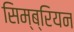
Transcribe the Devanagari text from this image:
सिम्ब्रियन